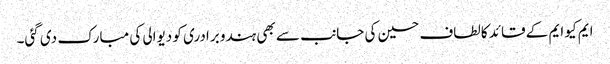
ایم کیو ایم کے قائد کالطاف حسین کی جانب سے بھی ہندو برادری کو دیوالی کی مبارک دی گئی۔